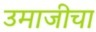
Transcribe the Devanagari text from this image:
उमाजीचा